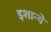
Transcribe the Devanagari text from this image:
इशान्ये